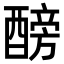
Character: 𨢐